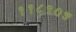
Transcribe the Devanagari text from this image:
११८९०५